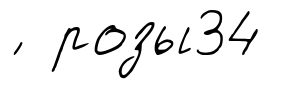
́ розы34